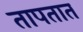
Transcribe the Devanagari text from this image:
तापतात